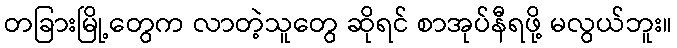
တခြားမြို့တွေက လာတဲ့သူတွေ ဆိုရင် စာအုပ်နီရဖို့ မလွယ်ဘူး။